Lunatic asylums Madras 1877-1891 - 1877-1891
Year: 1877
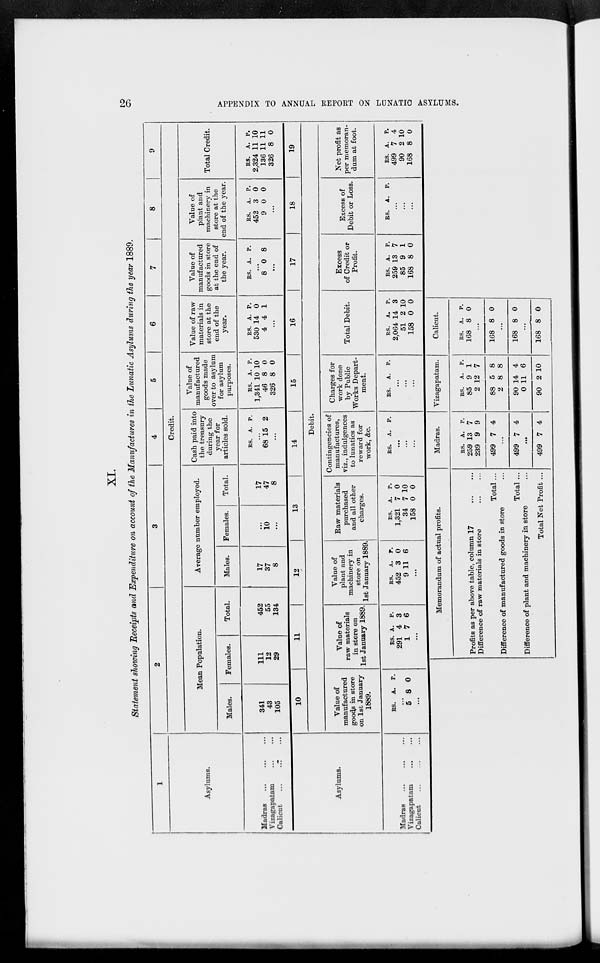
26
APPENDIX TO ANNUAL REPORT ON LUNATIC ASYLUMS.
XI.
Statement showing Receipts and Expenditure on account of the Manufactures in the Lunatic Asylums during the year 1889.
1
Asylums.
Madras ... ... ...
Vizagapatam
...
...
Calicut
...
...
...
2
3
4
5
6
7
8
9
Credit.
Mean Population.
Males.
341
43
105
Females.
111
12
29
Total.
452
55
134
Average number employed.
Males.
17
37
8
Females.
...
10
...
Total.
17
47
8
Cash paid into
the treasury
during the
year for
articles sold.
RS. A. P.
...
68 15 2
...
Value of
manufactured
goods made
over to asylum
for asylum
purposes.
RS.
1,341
46
326
A.
10
8
8
P.
10
0
0
Value of raw
materials in
store at the
end of the
year.
RS.
530
4
A.
14
4
P.
0
1
...
Value of
manufactured
goods in store
at the end of
the year.
RS. A. P.
...
8 0 8
...
Value of
plant and
machinery in
store at the
end of the year.
RS.
452
9
A.
3
0
P.
0
0
...
Total Credit.
RS.
2,324
136
326
A.
11
11
8
P.
10
11
0
Asylums.
Madras ... ... ...
Vizagapatam ... ...
Calicut
...
...
...
10
11
12
13
14
15
16
17
18
19
Debit.
Value of
manufactured
goods in store
on 1st January
1889.
RS. A. P.
...
5 8 0
...
Value of
raw materials
in store on
1st January 1889.
RS.
291
1
A.
4
7
P.
3
6
...
Value of
plant and
machinery in
store on
1st January 1889.
RS.
452
9
A.
3
11
P.
0
6
...
Raw materials
purchased
and all other
charges.
RS.
1,321
34
158
A.
7
7
0
P.
0
10
0
Contingencies of
manufactures,
viz., indulgences
to lunatics as
reward for
work, &c.
RS. A. P.
...
...
...
Charges for
work done
by Public
Works Depart-
ment.
RS. A. P.
...
...
...
Total Debit.
RS.
2,064
51
158
A.
14
2
0
P.
3
10
0
Excess
of Credit or
Profit.
RS.
259
85
168
A.
13
9
8
P.
7
1
0
Excess of
Debit or Loss.
RS. A. P.
...
...
...
Net profit as
per memoran-
dum at foot.
RS.
499
90
168
A.
7
2
8
P.
4
10
0
Memorandum of actual profits.
Profits as per above table, column 17
...
...
Difference of raw materials in store
...
...
Total ...
Difference of manufactured goods in store ...
Total ...
Difference of plant and machinery in store ...
Total Net Profit ...
Madras.
RS.
259
239
499
A.
13
9
7
P.
7
9
4
...
499 7 4
...
499 7 4
Vizagapatam.
RS.
85
2
88
2
90
0
90
A.
9
12
5
8
14
11
2
P.
1
7
8
8
4
6
10
Calicut.
RS.
168
A.
8
P.
0
...
168 8 0
...
168 8 0
...
168 8 0